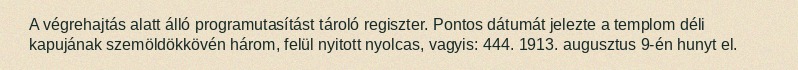
A végrehajtás alatt álló programutasítást tároló regiszter. Pontos dátumát jelezte a templom déli kapujának szemöldökkövén három, felül nyitott nyolcas, vagyis: 444. 1913. augusztus 9-én hunyt el.